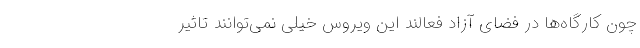
چون کارگاه‌ها در فضای آزاد فعالند این ویروس خیلی نمی‌توانند تاثیر